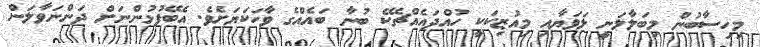
މިހިސާބުން މިބަލާލަނީ ލަވަޔާއި މިއުޒިކަކީ ހުއްދައެއްޗެކޭ ބުނާ ބައެއްގެ ވާހަކަޔަށެވެ. އެބޭފުޅުންނަށް ދަންނަވާލަން